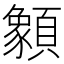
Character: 𩕓